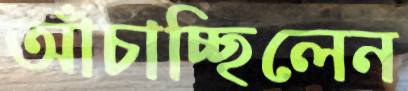
আঁচাচ্ছিলেন